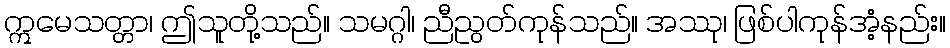
ဣမေသတ္တာ၊ ဤသူတို့သည်။ သမဂ္ဂါ၊ ညီညွတ်ကုန်သည်။ အဿု၊ ဖြစ်ပါကုန်အံ့နည်း။